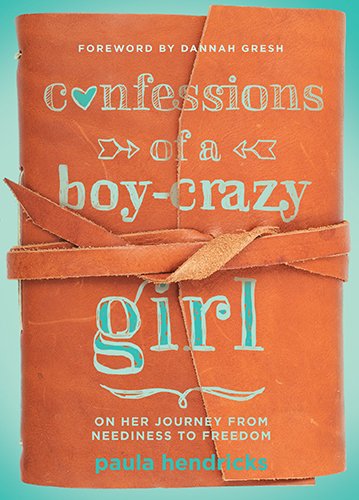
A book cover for Confessions of a Boy-Crazy Girl: On Her Journey From Neediness to Freedom (True Woman); Paula Hendricks; Christian Books & Bibles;